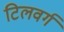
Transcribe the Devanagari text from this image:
टिलवर्ग